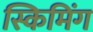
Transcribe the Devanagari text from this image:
स्किमिंग